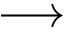
\protect \longrightarrow